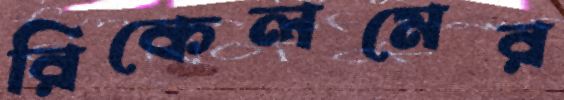
রিকেলমের